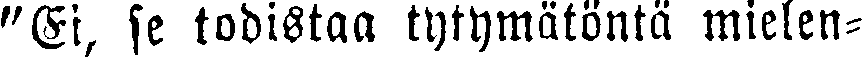
"Ei, se todistaa tytymätöntä mielen-